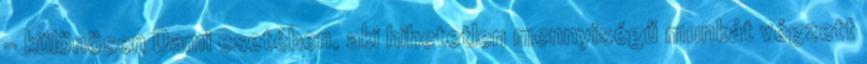
- különösen Dami esetében, aki hihetetlen mennyiségű munkát végzett